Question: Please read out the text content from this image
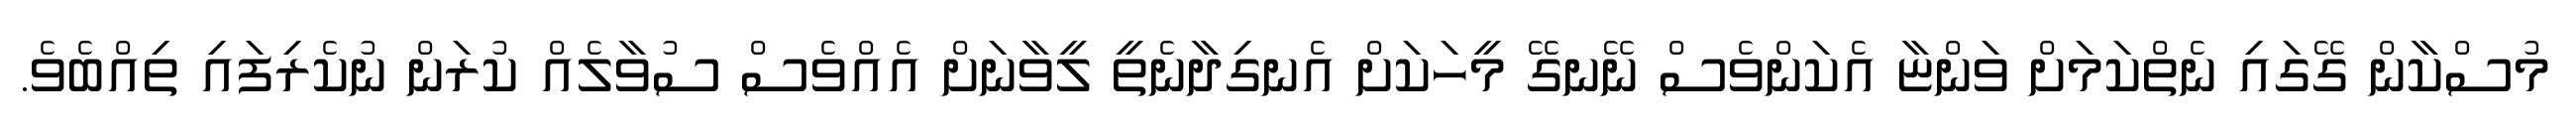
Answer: މުސްކާން ގޭގައި ނެތްކަމަށް ވަންޏާ އެކަންވެސް ނޭނގޭ މީހަކަށް އެނގިދާނެތީ ލީވާނަށް އެއްވެސް ސުވާލެއް ކުރަން ނުކެރިފައި ތިއްބެވެ.